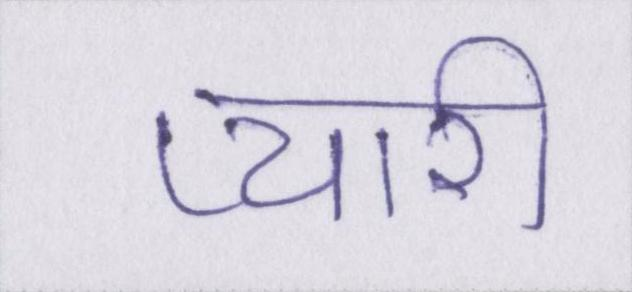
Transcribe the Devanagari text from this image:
प्यारी